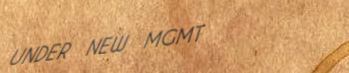
UNDER NEW MGMT